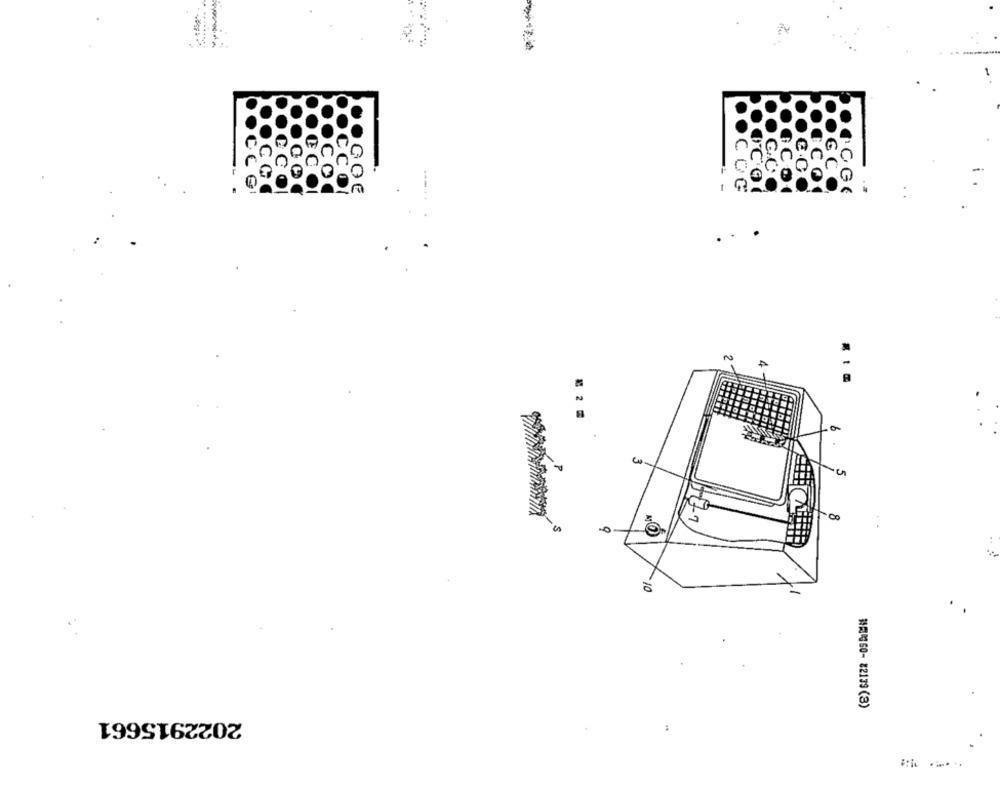
NR60-82139(3)
2022915661